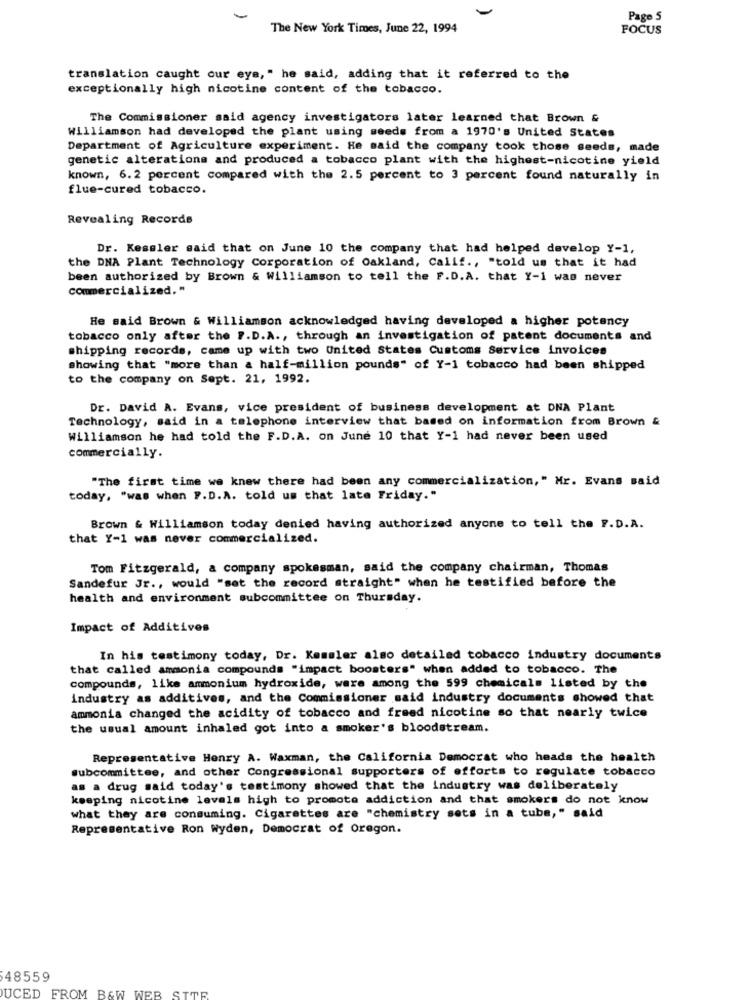
-
Page S
The New York Times, June 22, 1994
FOCUS
translation caught our eye, " he said, adding that it referred to the
exceptionally high nicotine content of the tobacco.
The Commissioner said agency investigators later learned that Brown &
Williamson had developed the plant using seeds from a 1970's United States
Department of Agriculture experiment. He said the company took those seeds, made
genetic alterations and produced a tobacco plant with the highest-nicotine yield
known, 6. 2 percent compared with the 2.5 percent to 3 percent found naturally in
flue-cured tobacco.
Revealing Records
Dr. Kessler said that on June 10 the company that had helped develop Y-1,
the DNA Plant Technology Corporation of Oakland, Calif ., "told us that it had
been authorized by Brown & Williamson to tell the F.D.A. that Y-1 was never
commercialized. "
He said Brown & Williamson acknowledged having developed a higher potency
tobacco only after the F.D.A ., through an investigation of patent documents and
shipping records, came up with two United States Customs Service invoices
showing that "more than a half-million pounds" of Y-1 tobacco had been shipped
to the company on Sept. 21, 1992.
Dr. David A. Evans, vice president of business development at DNA Plant
Technology, said in a telephone interview that based on information from Brown &
Williamson he had told the F.D.A. on June 10 that Y-1 had never been used
commercially.
"The first time we knew there had been any commercialization," Mr. Evans said
today, "was when F.D.A. told us that late Friday."
Brown & Williamson today denied having authorized anyone to tell the F.D.A.
that Y-1 was never commercialized.
Tom Fitzgerald, a company spokesman, said the company chairman, Thomas
Sandefur Jr ., would "set the record straight" when he testified before the
health and environment subcommittee on Thursday.
Impact of Additives
In his testimony today, Dr. Kemmler also detailed tobacco industry documents
that called ammonia compounds "impact boosters" when added to tobacco. The
compounds, like ammonium hydroxide, were among the 599 chemicals listed by the
industry as additives, and the Commissioner said industry documents showed that
ammonia changed the acidity of tobacco and freed nicotine so that nearly twice
the usual amount inhaled got into a smoker's bloodstream.
Representative Henry A. Waxman, the California Democrat who heads the health
subcommittee, and other Congressional supporters of efforts to regulate tobacco
as a drug said today's testimony showed that the industry was deliberately
keeping nicotine levels high to promote addiction and that smokers do not know
what they are consuming. Cigarettes are "chemistry sets in a tube," said
Representative Ron Wyden, Democrat of Oregon.
48559
UCED FROM B&W WEB SITE